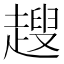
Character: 𧽏